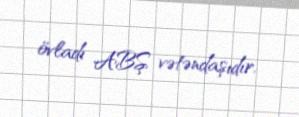
övladı ABŞ vətəndaşıdır.